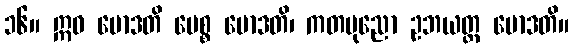
၁၆။ ဣဓ မောဒတိ ပေစ္စ မောဒတိ၊ ကတပုညော ဥဘယတ္ထ မောဒတိ။